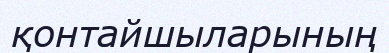
қонтайшыларының